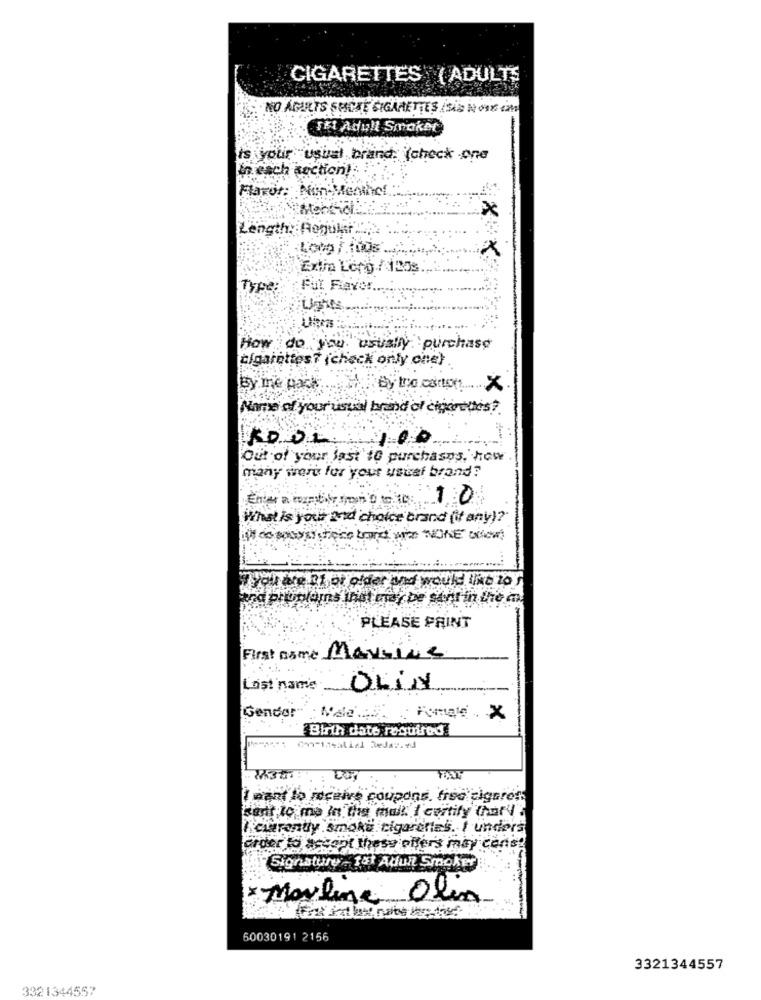
CIGARETTES ( ADULTS
NO ADULTS SPICAE SIGARETTES ( SID NOIX UM
TEL Adull Smaket
-
is your usual brand: (check -one
En esch section:
Flaror: Non-Menthef
Lei
Exi Long / 100s.
Type :
Fut Flavor ..
How do you. usually purchase
cigarettes? ( check only one)
None of your usual brand of cigarettes ?.
KDOL.
Out of your last'10 purchases, how
many were for your usual brand?
10
What Is your and choice brand (if any)?"
# you are RI or older pod would Like 20 !
tra phploms that may be sant in the an
PLEASE PRINT
First name Marsinie
Last name
OLIN
Gender
Nale ...
X
Birth date required
I want to receive coupons free cigares
fant Ic ma In die mall. I certify (har VE
I ciarently smoke cigarettes. I unders
order to accept these offer's may cons !!
Signature - tot Adull Smoker
Mouline Olin
60030191 2156
3321344557
3321344557